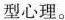
型心理。